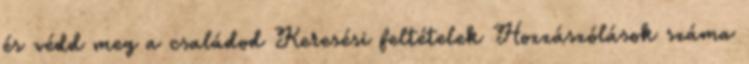
és védd meg a családod Keresési feltételek Hozzászólások száma